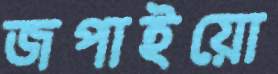
জপাইয়ো